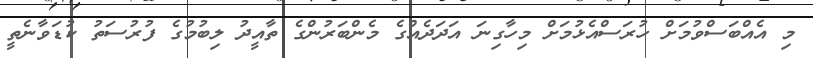
މި އެއްބަސްވުމަށް ހުރަސްއެޅުމަށް މިހާގިނަ އަދަދެއްގެ މެންބަރުންގެ ތާއީދު ލިބުމުގެ ފުރުސަތު ކުޑަވާނެތީ